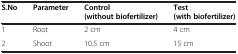
<table><thead><tr><td><b>S.No</b></td><td><b>Parameter</b></td><td><b>Control (without biofertilizer)</b></td><td><b>Test (with biofertilizer)</b></td></tr></thead><tbody><tr><td>1</td><td>Root</td><td>2 cm</td><td>4 cm</td></tr><tr><td>2</td><td>Shoot</td><td>10.5 cm</td><td>15 cm</td></tr></tbody></table>